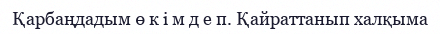
Қарбаңдадым ө к і м д е п. Қайраттанып халқыма